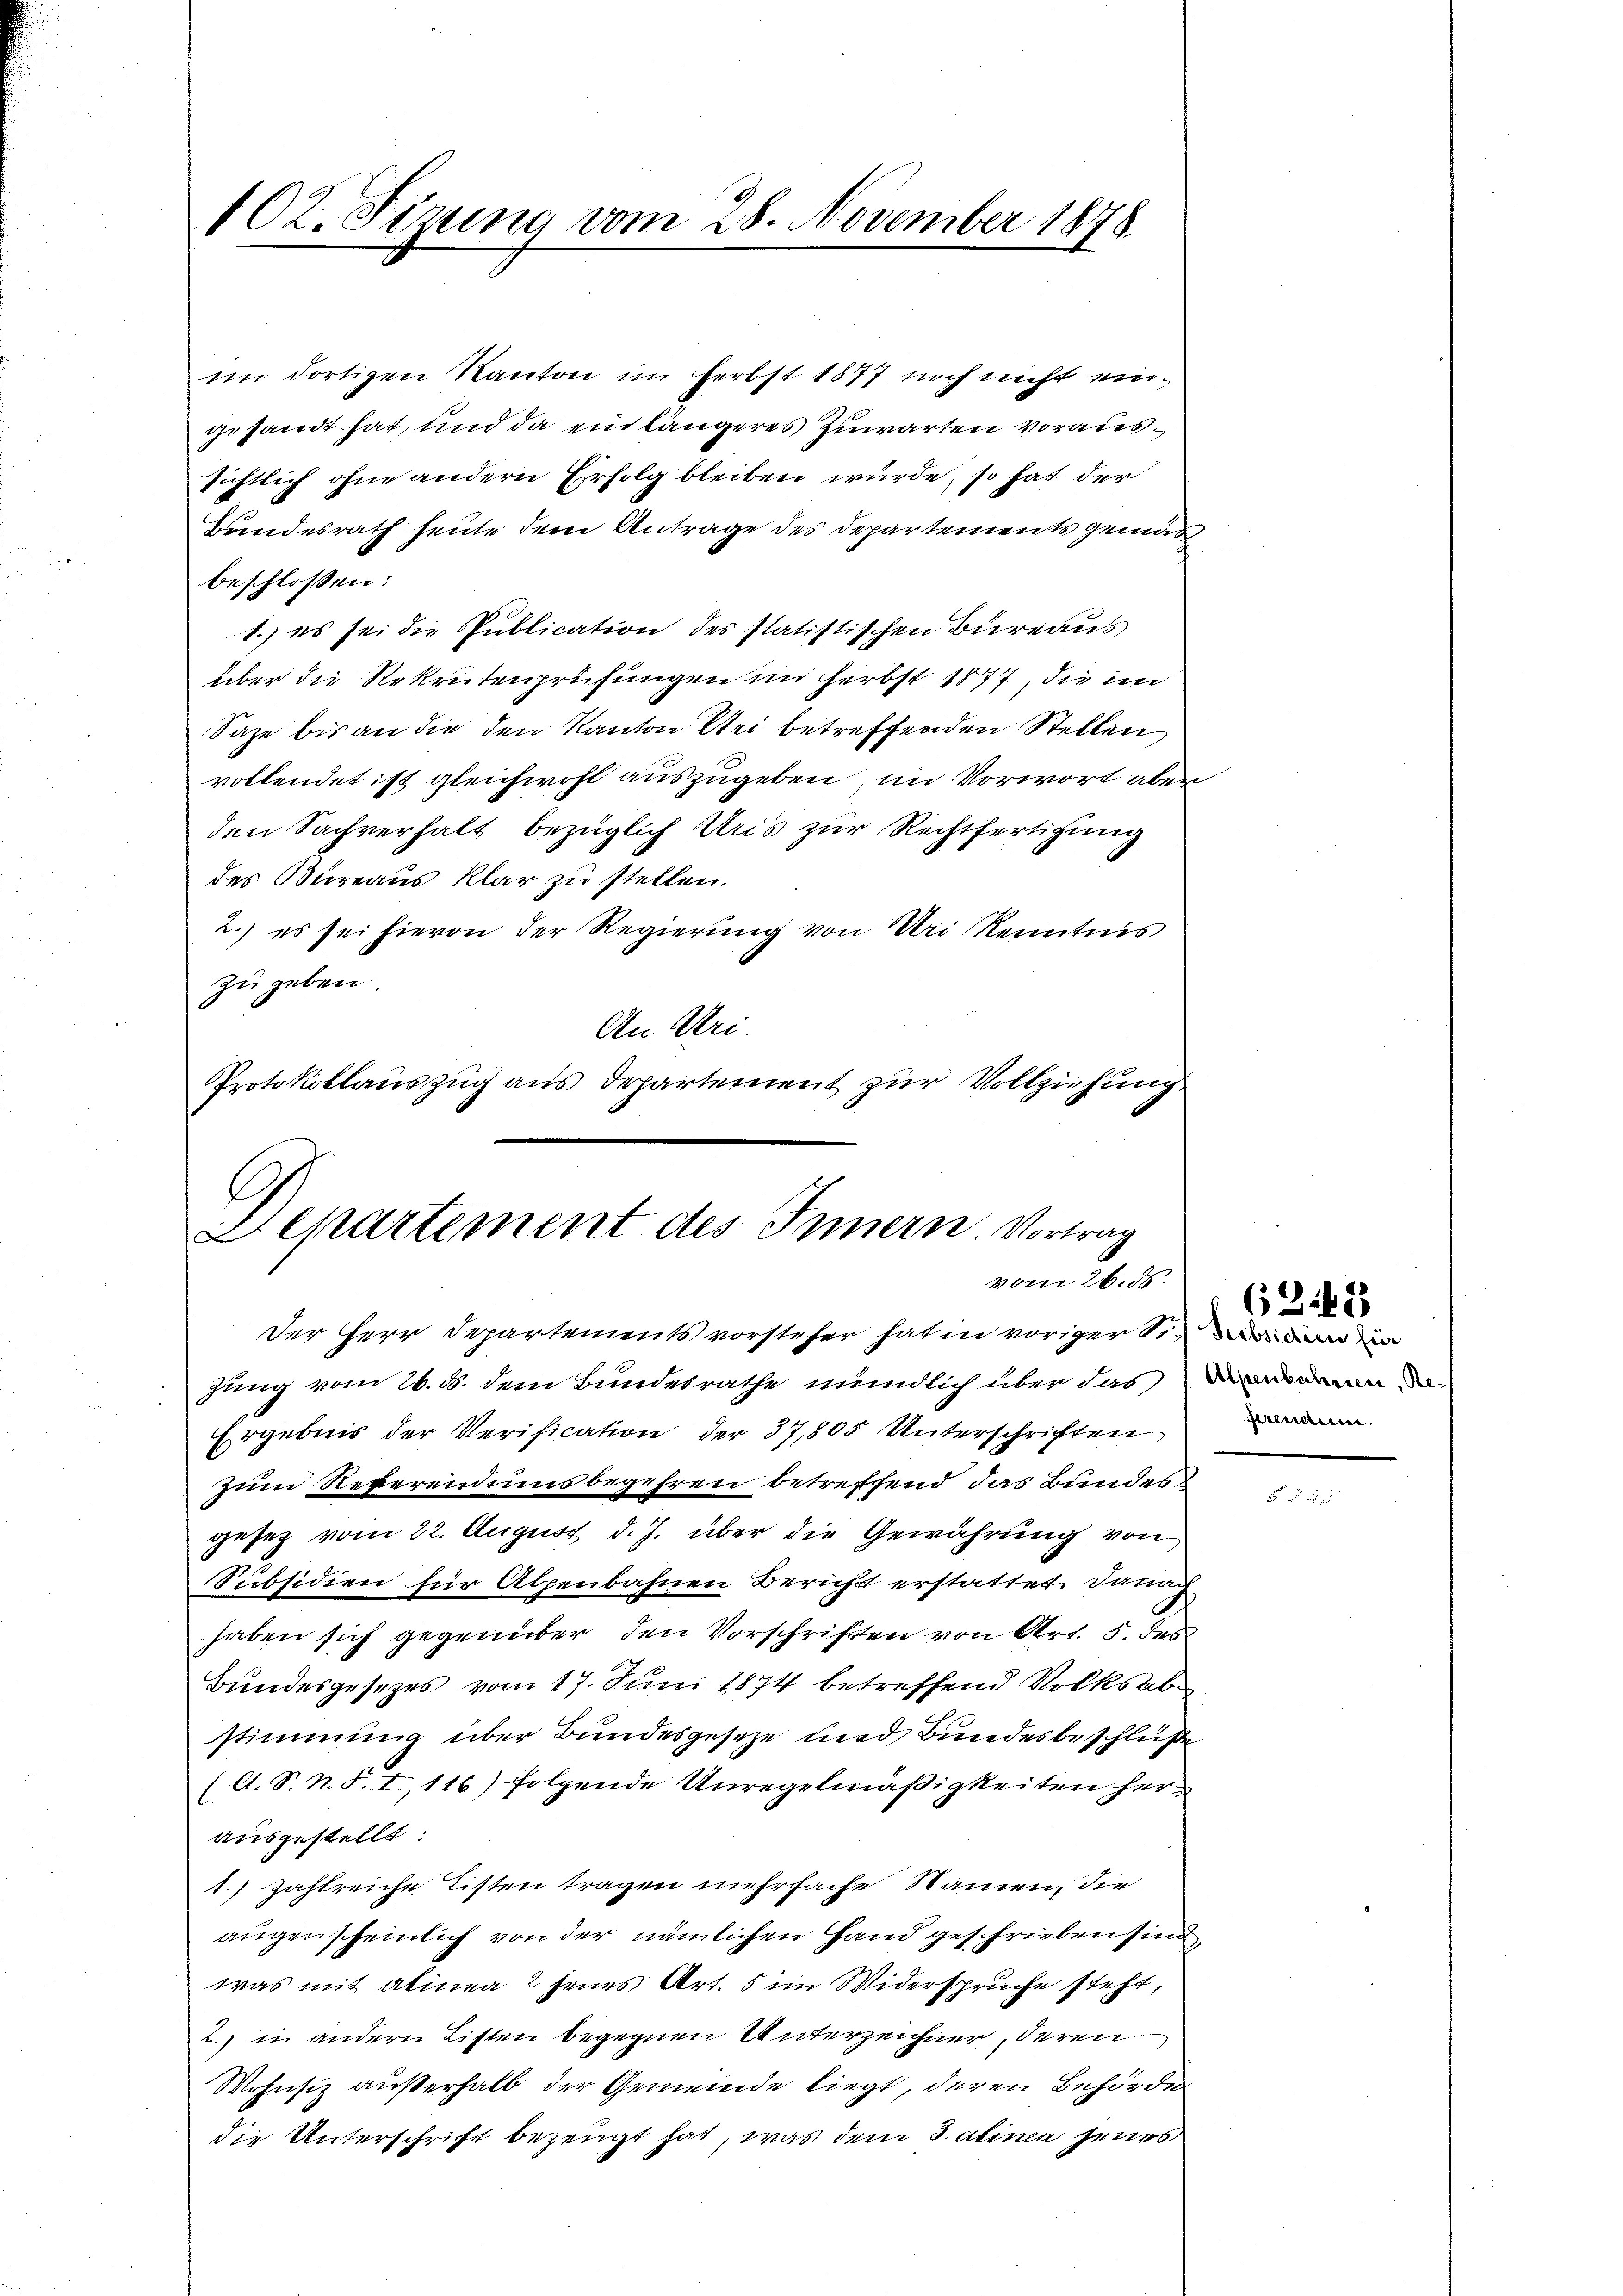
102. Sizung vom 28. November 1878

im dortigen Kanton im Herbst 1877 noch nicht eingesandt hat, und da ein längeres Zuwarten voraussichtlich ohne andern Erfolg bleiben würde, so hat der
Bundesrath heute dem Antrage des Departements gemäs
beschlossen:
1.) es sei die Publication des statistischen Bureaus
über die Rekrutenprüfungen im Herbst 1877, die im
Saze bis an die den Kanton Uri betreffenden Stellen
vollendet ist gleichwohl auszugeben, im Vorwort aber
den Sachverhalt bezüglich Uris zur Rechtfertigung
des Bureaus klar zu stellen.
2.) es sei hievon der Regierung von Uri Kenntnis
zu geben.
An Uri.
Protokollauszug aus Departement zur Vollziehung

Sckartement des Innern. Vortrag
vom 26. ds.

Der Herr Departements vorsteher hat in voriger in der
fung vom 26. d. dem Bundesrathe mündlich über das
Ergebnis der Verification der 37,805 Unterschriften
zum Referendumsbegehren betreffend das Bundes
gesez vom 22. August d. J. über die Gewährung von
Subsidien für Alpenbahnen Bericht erstattet. Danach
haben sich gegenüber den Vorschriften von Art. 5. des
Bundesgesetzes vom 17. Juni 1874 betreffend Volksabstimmung über Bundesgeseze und Bundesbeschlüße
(A. S. N. F. I, 116) folgende Unregelmäßigkeiten herausgestellt:
1.) Zahlreiche Listen tragen mehrfache Namen, die
augenscheinlich von der nämlichen Hand geschrieben sind,
was mit alinea 2 jenes Art. 5 im Widerspruche steht,
2.) in andern Listen begegnen Unterzeichner, deren
Wohnsiz außerhalb der Gemeinde liegt, deren Behörde
die Unterschrift bezeugt hat, was dem Salinea jenes

ferenden

62442